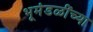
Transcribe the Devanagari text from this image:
भूमंडळींच्या